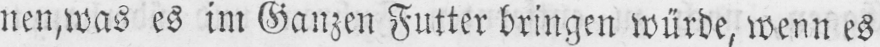
nen, was es im Ganzen Futter bringen würde, wenn es